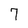
Character: 7